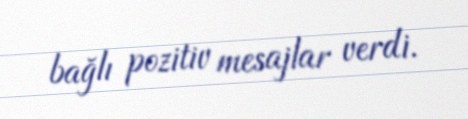
bağlı pozitiv mesajlar verdi.